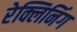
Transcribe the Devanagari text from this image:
रेक्लिनिंग